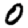
Digit: 0